Civil Veterinary Department. Madras. Admin. report 1926-33 - 1926-1933
Year: 1926
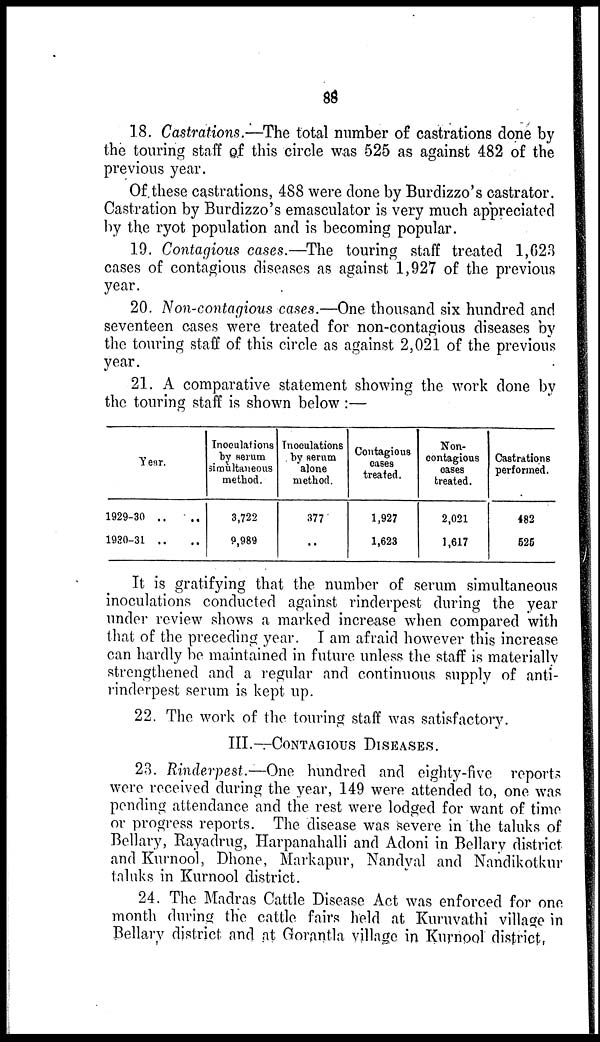
88
18. Castrations.—The total number of castrations done by
the touring staff of this circle was 525 as against 482 of the
previous year.
Of these castrations, 488 were done by Burdizzo's castrator.
Castration by Burdizzo's emasculator is very much appreciated
by the ryot population and is becoming popular.
19. Contagious cases.—The touring staff treated 1,623
cases of contagious diseases as against 1,927 of the previous
year.
20. Non-contagious cases.—One thousand six hundred and
seventeen cases were treated for non-contagious diseases by
the touring staff of this circle as against 2,021 of the previous
year.
21. A comparative statement showing the work done by
the touring staff is shown below :—
Year.
1929-30 .. ..
1930-31 .. ..
Inoculations
by serum
simultaneous
method.
3,722
9,989
Inoculations
by serum
alone
method.
377
..
Contagious
cases
treated.
1,927
1,623
Non-
contagious
oases
treated.
2,021
1,617
Castrations
performed.
482
525
It is gratifying that the number of serum simultaneous
inoculations conducted against rinderpest during the year
under review shows a marked increase when compared with
that of the preceding year. I am afraid however this increase
can hardly be maintained in future unless the staff is materially
strengthened and a regular and continuous supply of anti-
rinderpest serum is kept up.
22. The work of the touring staff was satisfactory.
III.—CONTAGIOUS DISEASES.
23. Rinderpest.—One hundred and eighty-five reports
were received during the year, 149 were attended to, one was
pending attendance and the rest were lodged for want of time
or progress reports. The disease was severe in the taluks of
Bellary, Rayadrug, Harpanahalli and Adoni in Bellary district
and Kurnool, Dhone, Markapur, Nandyal and Nandikotkur
taluks in Kurnool district.
24. The Madras Cattle Disease Act was enforced for one
month during the cattle fairs held at Kuruvathi village in
Bellary district and at Gorantla village in Kurnool district,